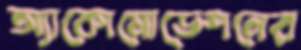
অ্যাকোমোডেশনের